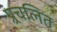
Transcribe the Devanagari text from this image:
प्र्रचलित